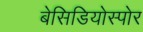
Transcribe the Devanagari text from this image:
बेसिडियोस्पोर